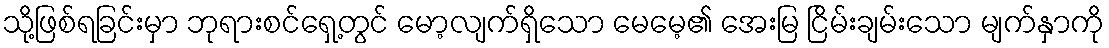
သို့ဖြစ်ရခြင်းမှာ ဘုရားစင်ရှေ့တွင် မော့လျက်ရှိသော မေမေ့၏ အေးမြ ငြိမ်းချမ်းသော မျက်နှာကို